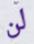
لن